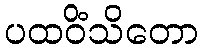
ပထဝိံသိတော